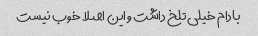
بادام خیلی تلخ داشت و این اصلا خوب نیست